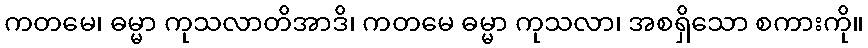
ကတမေ၊ ဓမ္မာ ကုသလာတိအာဒိ၊ ကတမေ ဓမ္မာ ကုသလာ၊ အစရှိသော စကားကို။